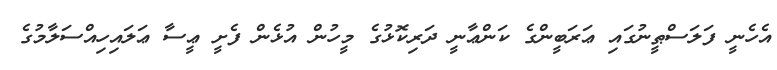
އެހެނީ ފަލަސްޠީނުގައި ޢަރަބީންގެ ކަންޢާނީ ދަރިކޮޅުގެ މީހުން އުޅެން ފެށީ ޢީސާ ޢަލައިހިއްސަލާމުގެ